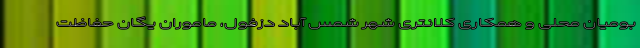
بومیان محلی و همکاری کلانتری شهر شمس آباد دزفول، ماموران یگان حفاظت